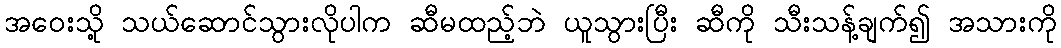
အဝေးသို့ သယ်ဆောင်သွားလိုပါက ဆီမထည့်ဘဲ ယူသွားပြီး ဆီကို သီးသန့်ချက်၍ အသားကို